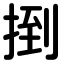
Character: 捯